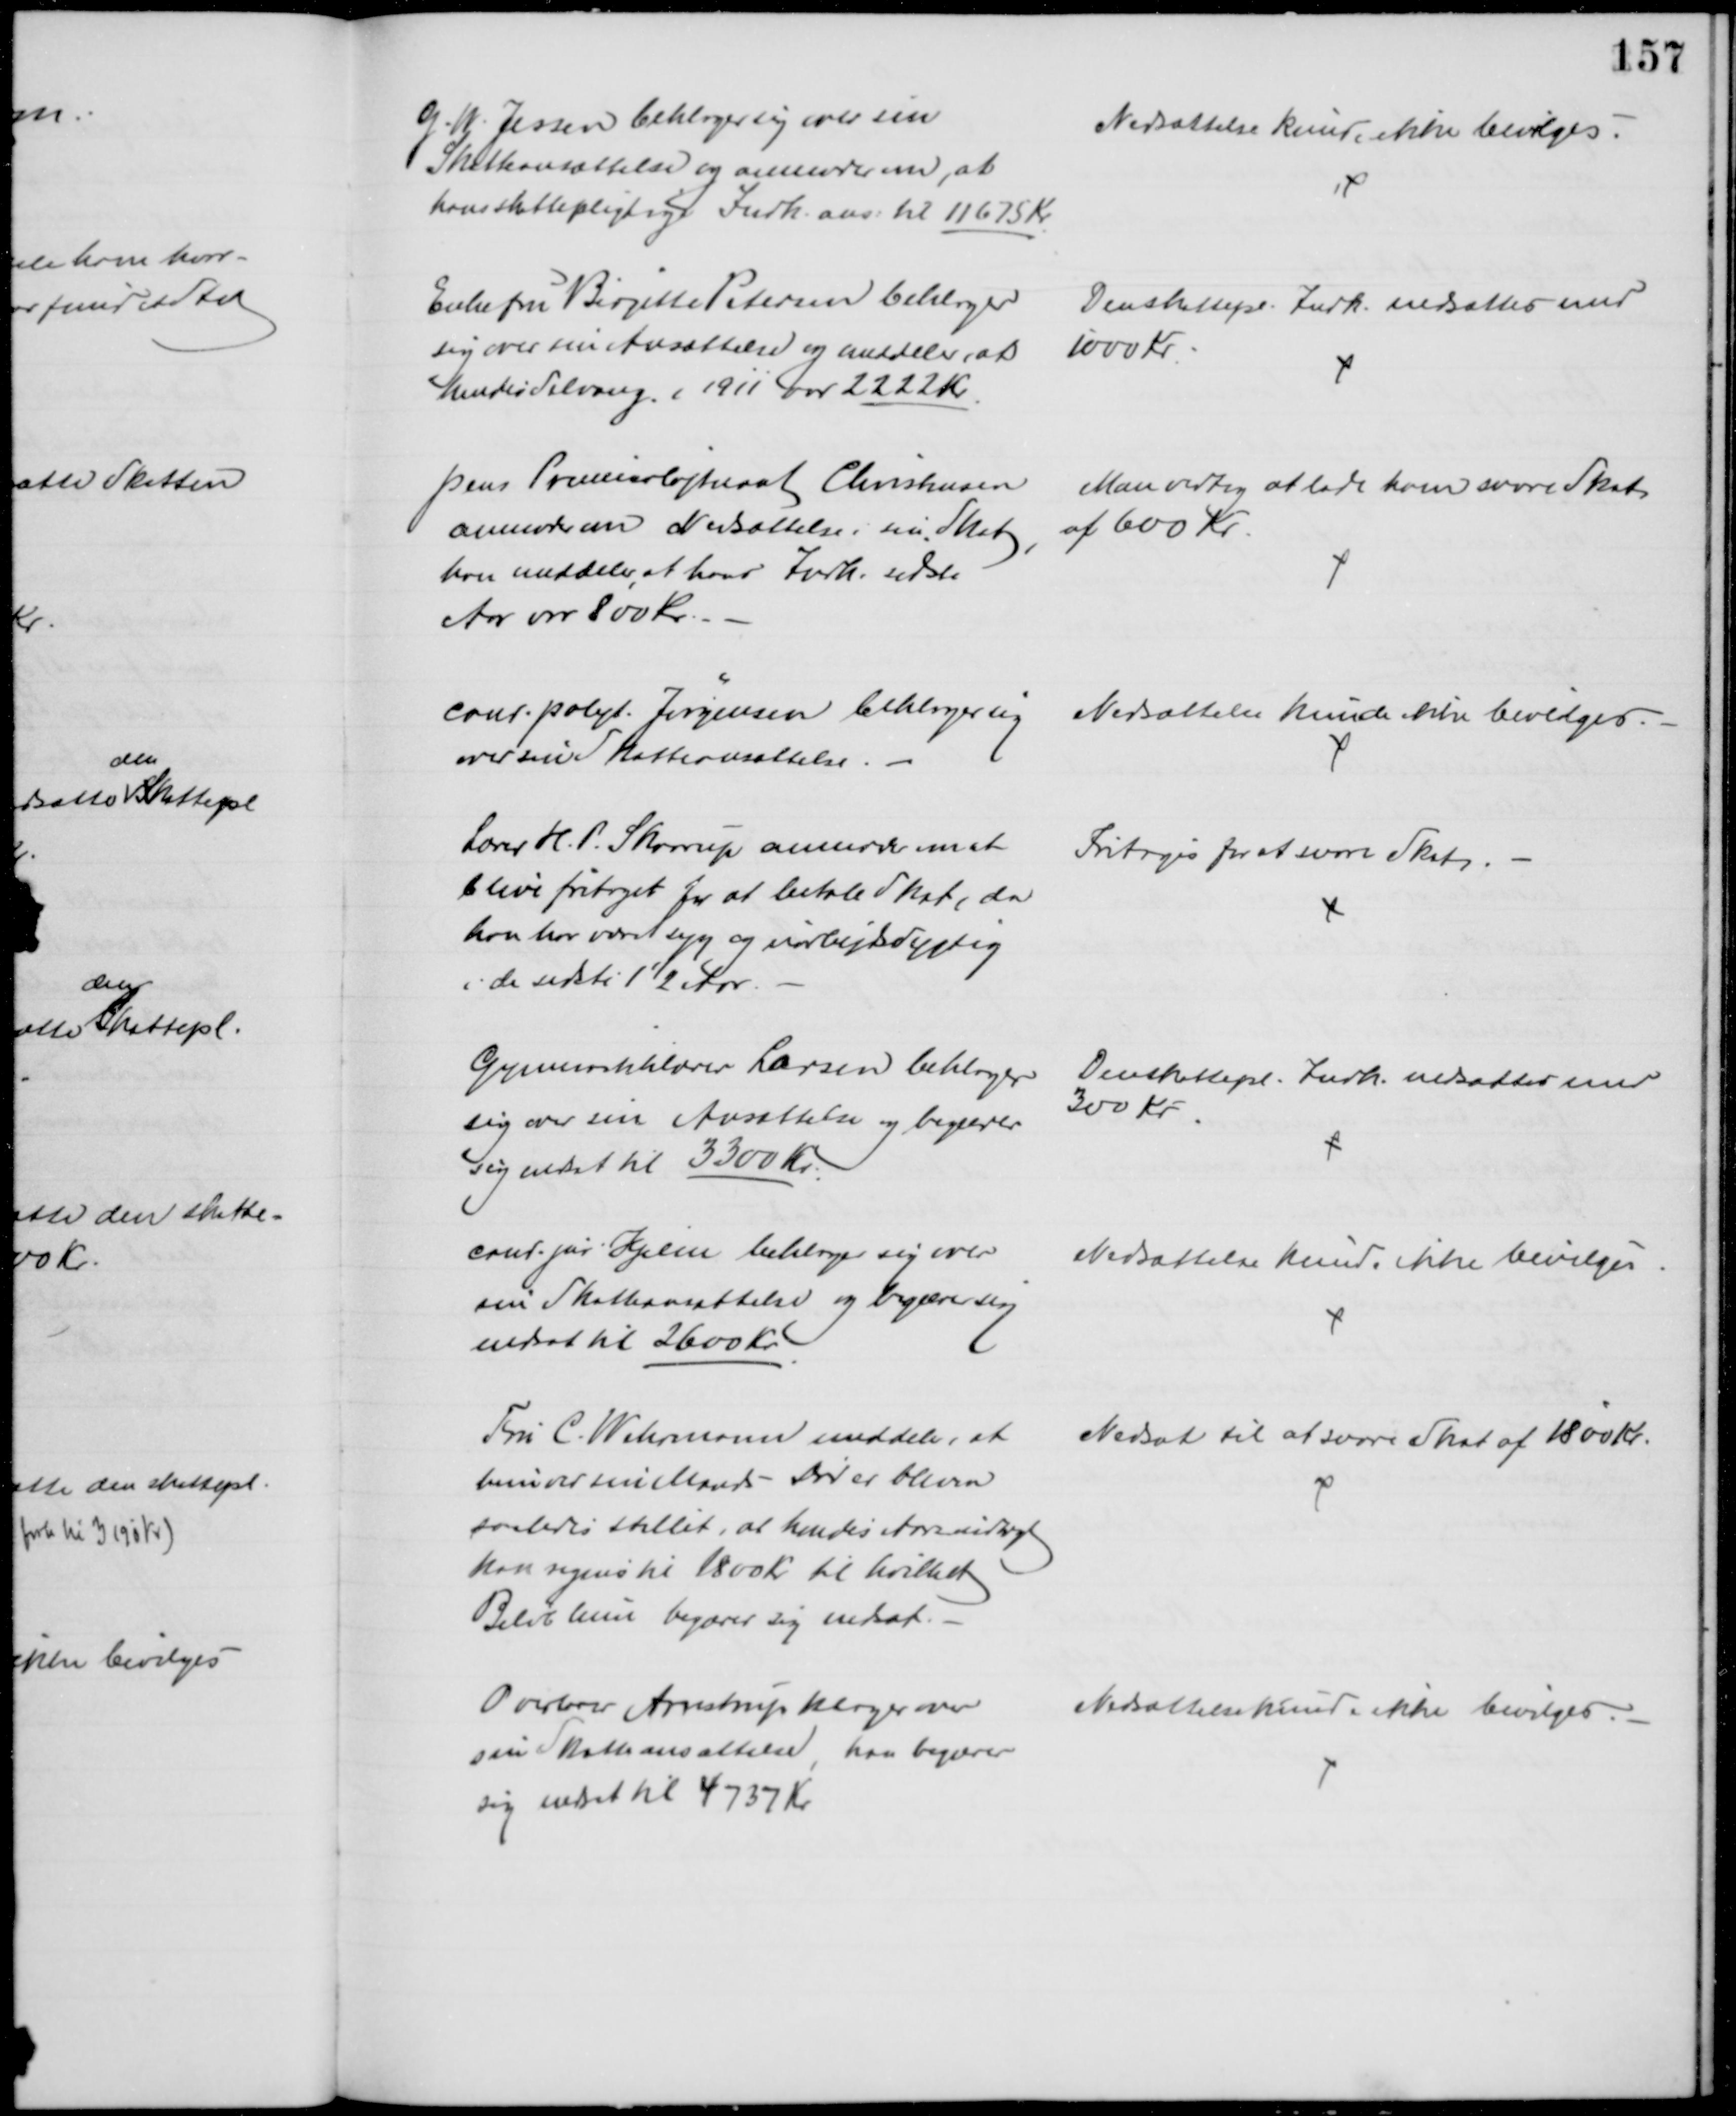
Transskription:
G. W. Jessen beklager sig over sin
Skatteansættelse og anmoder om, at
hans skattepligtige Indk. ans. til 11675 Kr.
Nedsættelse kunde ikke bevilges.
Enkefru Birgitte Petersen beklager
sig over sin Ansættelse og meddeler, at
hendes Selvang. i 1911 var 2222 Kr
Den skattepl. Indk. nedsættes med
1000 Kr.
pens Premierløjtnant Christensen
anmoder om Nedsættelse i sin Skat 
han meddeler, at hans Indk. sidste
Aar var 800 kr.
Man vedtog at lade ham svare Skat
af 600 Kr
cand. polyt. Jørgensen beklager sig
over sin Skatteansættelse.
Nedsættelse kunde ikke bevilges.
Lærer H. P. Skaarup anmoder om at
blive fritaget for at betale Skat, da
han har været syg og uarbejdsdygtig
i de sidste 1½ Aar
Fritoges for at svare Skat.
Gymnastiklærer Larsen beklager
sig over sin Ansættelse og begærer
sig nedsat til 3300 Kr.
Den skattepl. Indk. nedsættes med
300 Kr.
cand. jur Hjelm beklager sig over
sin Skatteansættelse og begærer sig
nedsat til 2600 Kr
Nedsættelse kunde ikke bevilges.
Fru C. Wehrmann meddeler, at
hun ved sin Mands Død er bleven
saaledes stillet, at hendes Aarsindtægt 
kan regnes til 1800 Kr til hvilket
Beløb hun begærer sig nedsat.
Nedsat til at svare Skat af 1800 Kr.
Overlærer Arnstrup klager over
sin Skatteansættelse, han begærer
sig nedsat til 4737 Kr
Nedsættelse kunde ikke bevilges.